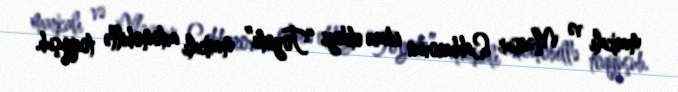
markalı və Mənsur Cabbarovun idarə etdiyi “Toyota” markalı avtomobillə toqquşub.